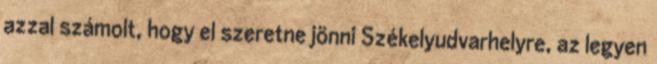
azzal számolt, hogy el szeretne jönni Székelyudvarhelyre, az legyen